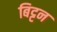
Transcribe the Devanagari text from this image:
बिट्टन